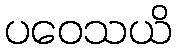
ပဝေသယိ